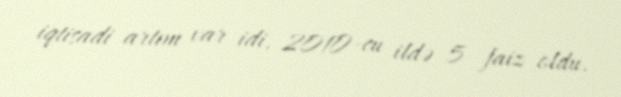
iqtisadi artım var idi, 2010-cu ildə 5 faiz oldu.